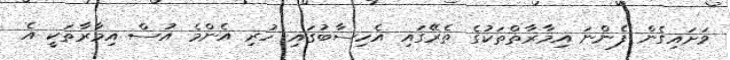
ވަށައިގެން ފެންނަ އިމާރާތްތަކުގެ ތެރޭގައި އެހިސާބުގައި ހުރި އެންމެ އުސް އިމާރާތަކީ އެ